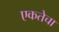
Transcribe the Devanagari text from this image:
एकतेचा